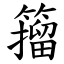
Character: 籀